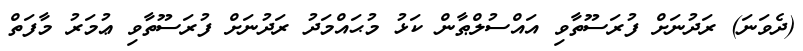
(ދެވަނަ) ރަދުނަށް ފުރަސޫތާވި އައްސުލްޠާން ކަޅު މުޙައްމަދު ރަދުނަށް ފުރަސޫތާވި ޢުމަރު މާފަތް